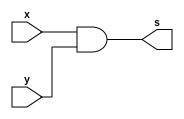
/*
 Guia_0402d.v - v0.0. - 27 / 08 / 2022
 Autor    : Gabriel Vargas Bento de Souza
 Matricula: 778023
 */

/* 
 TRUTH TABLE
 (x.y)' + (x+y)'  == (x.y)'
*/

/**
 expression: x.y
 */
module fxy1 (output s,
            input  x, y);
   assign s = x & y;
endmodule // fxy1

/**
 expression: (x.y)'
 */
module fxy2 (output s,
            input  x, y);
   assign s = ~( x & y);
endmodule // fxy2

/**
 expression: x+y
 */
module fxy3 (output s,
            input  x, y);
   assign s = x | y;
endmodule // fxy3

/**
 expression: (x+y)'
 */
module fxy4 (output s,
            input  x, y);
   assign s = ~(x | y);
endmodule // fxy4

/**
 expression: (x.y)'+(x+y)'
 */
module fxy5 (output s,
            input  x, y);
   assign s = ~( x & y) | ~(x | y);
endmodule // fxy5

/**
  Guia_0402d.v
 */
module Guia_0402d;
   reg  x, y, z;
   wire s1, s2, s3, s4, s5;
   
   // instancias
   fxy1 FXY1 (s1, x, y);
   fxy2 FXY2 (s2, x, y);
   fxy3 FXY3 (s3, x, y);
   fxy4 FXY4 (s4, x, y);
   fxy5 FXY5 (s5, x, y);
   
   // valores iniciais
   initial begin: start
      x=1'bx; y=1'bx; // indefinidos
   end

   // parte principal
   initial begin: main
      // identificacao
       $display("Gabriel Vargas Bento de Souza - 778023");
       $display("Test boolean expression");
       $display("\n02.d) (x.y)' + (x+y)' == (x.y)'\n");

       // monitoramento
       $display(" x  y  x.y  (x.y)'  x+y  (x+y)'  (x.y)'+(x+y)'  =   (x.y)' ");
       $monitor("%2b %2b %3b %5b %6b %5b %11b %14b", x, y, s1, s2, s3, s4, s5, s2);

       // sinalizacao
       #1 x=0; y=0;
       #1 x=0; y=1;
       #1 x=1; y=0;
       #1 x=1; y=1;
   end
endmodule // Guia_0402d